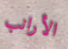
الأرانب